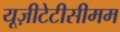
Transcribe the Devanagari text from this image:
यूज़ीटेटीसीमम